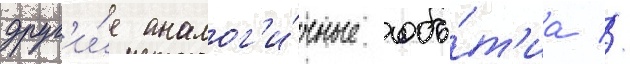
друг'и́е аналог'и́чные собы́т'иа //